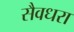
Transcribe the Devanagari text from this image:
सैवधरा